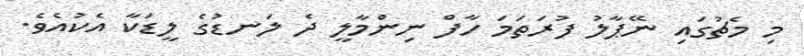
މި މެޗުގައި ނޭޕާލު ފުރަތަމަ ހާފް ނިންމާލީ ދެ ލަނޑުގެ ލީޑަކާ އެކުއެވެ.